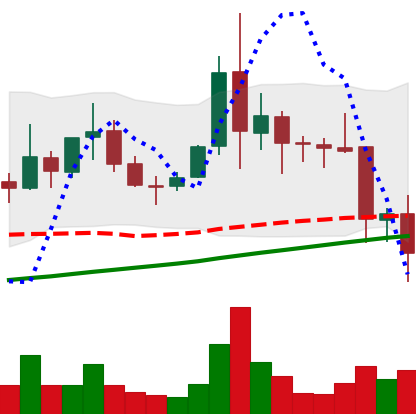
Ticker: XLM-USD
Chart end date: 2021-11-18
Forward return: 3.83%
Label: up_3_5